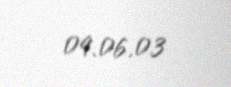
09.06.03